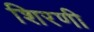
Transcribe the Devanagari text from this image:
शिरणी